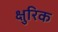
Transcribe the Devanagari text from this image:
क्षुरिक